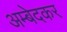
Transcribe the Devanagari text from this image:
अम्बेदकर